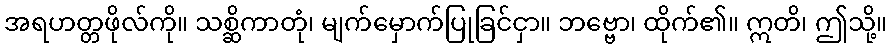
အရဟတ္တဖိုလ်ကို။ သစ္ဆိကာတုံ၊ မျက်မှောက်ပြုခြင်ငှာ။ ဘဗ္ဗော၊ ထိုက်၏။ ဣတိ၊ ဤသို့။